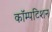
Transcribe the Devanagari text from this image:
कॉम्पटिशन